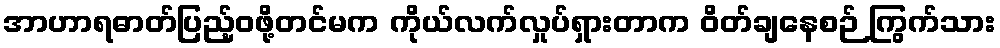
အာဟာရဓာတ်ပြည့်ဝဖို့တင်မက ကိုယ်လက်လှုပ်ရှားတာက ဝိတ်ချနေစဉ် ကြွက်သား